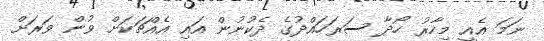
ނަމަ އެއީ މިހާރު ހޯދާ ސަރަހައްދުގެ ދެކުނުން އައި އެއްޗަކަށް ވުން ވަރަށް